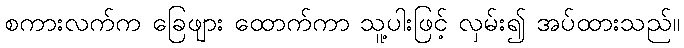
စကားလက်က ခြေဖျား ထောက်ကာ သူ့ပါးဖြင့် လှမ်း၍ အပ်ထားသည်။